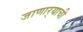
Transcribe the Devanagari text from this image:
जाणार्‍याची